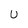
Character: U